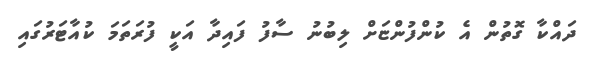
ދައްކާ ގޮތުން އެ ކުންފުންޏަށް ލިބުނު ސާފު ފައިދާ އަކީ ފުރަތަމަ ކުއާޓަރުގައި